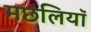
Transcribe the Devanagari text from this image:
मछलियाॅ